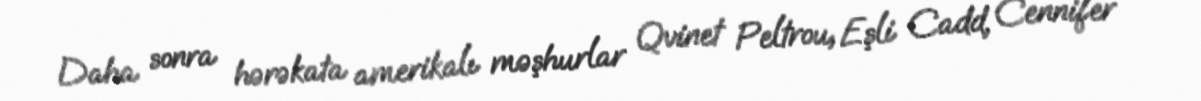
Daha sonra hərəkata amerikalı məşhurlar Qvinet Peltrou, Eşli Cadd, Cennifer